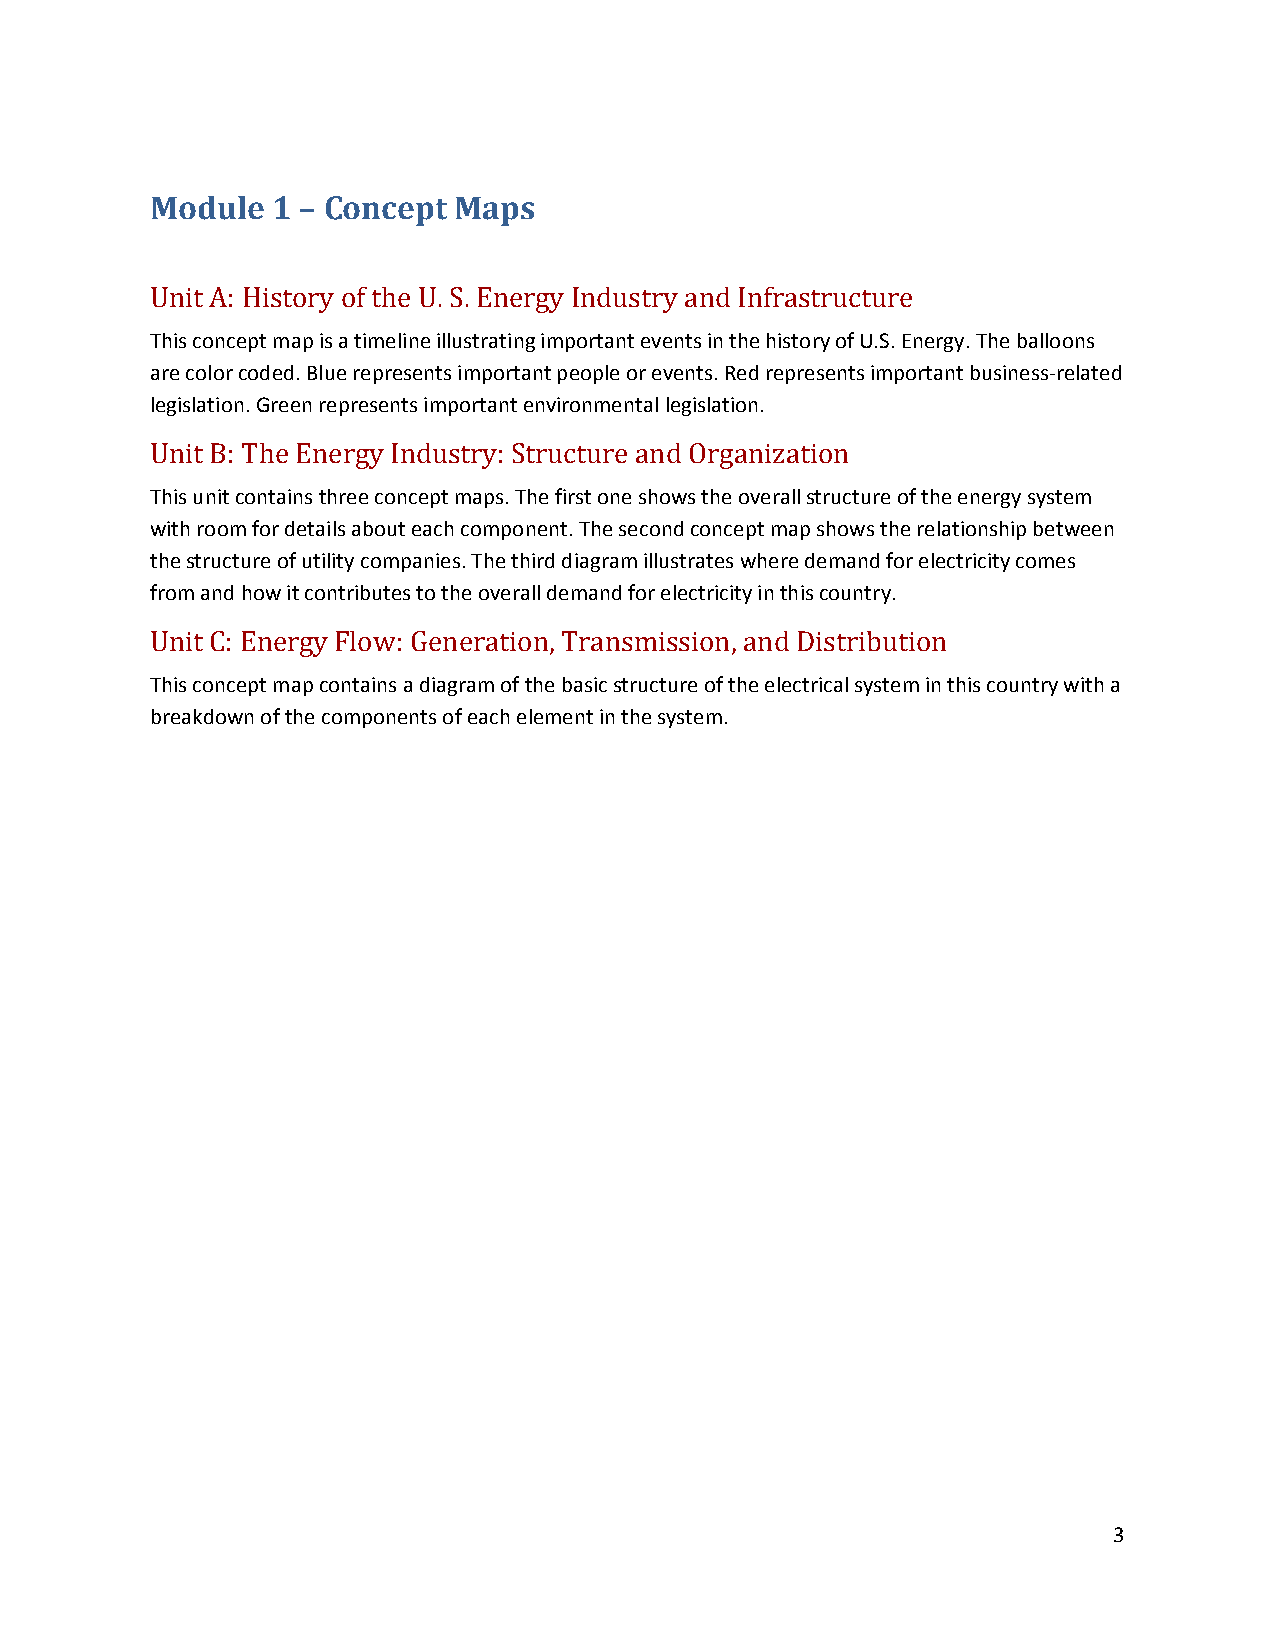
Module  1 – Concept Maps
 Unit A: History of the U. S. Energy Industry and Infrastructure
 This concept map is a timeline illustrating important events in the history of U.S. Energy. The balloons
 are color coded. Blue represents important people or events. Red represents important business‐related
 legislation. Green represents important environmental legislation.
 Unit B: The Energy Industry: Structure and Organization
 This unit contains three concept maps. The first one shows the overall structure of the energy system
 with room for details about each component. The second concept map shows the relationship between
 the structure of utility companies. The third diagram illustrates where demand for electricity comes
 from and how it contributes to the overall demand for electricity in this country.
 Unit C: Energy Flow: Generation, Transmission, and Distribution
 This concept map contains a diagram of the basic structure of the electrical system in this country with a
 breakdown of the components of each element in the system.
 3